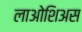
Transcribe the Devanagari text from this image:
लाओशिअस